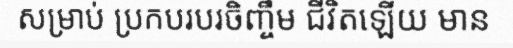
សម្រាប់ ប្រកបរបរចិញ្ចឹម ជីវិតឡើយ មាន